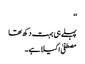
‘‘
پہلے ہی بہت دکھ تھا
مصطفیٰ اکیلا ہے۔